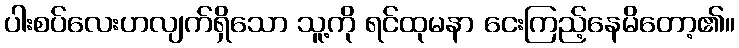
ပါးစပ်လေးဟလျက်ရှိသော သူ့ကို ရင်ထုမနာ ငေးကြည့်နေမိတော့၏။